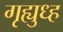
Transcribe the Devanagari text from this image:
गृह्युध्ह